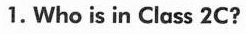
1. Who is in Class 2C?